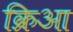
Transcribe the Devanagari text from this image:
क्रिआ